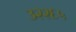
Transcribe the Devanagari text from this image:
३२२६५